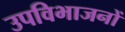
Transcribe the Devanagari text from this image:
उपविभाजनों